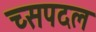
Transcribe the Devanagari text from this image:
च्सपदल